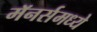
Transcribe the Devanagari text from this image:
मॅनर्समध्ये